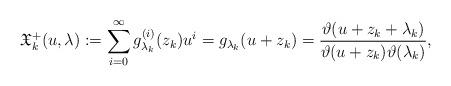
LaTeX: \begin{align*}\mathfrak{X}_{k}^+(u, \lambda):=\sum_{i=0}^{\infty} g^{(i)}_{\lambda_k}(z_k) u^{i}=g_{\lambda_k}(u+z_k)=\frac{\vartheta(u+z_k+\lambda_k)}{\vartheta(u+z_k)\vartheta(\lambda_k)},\end{align*}